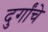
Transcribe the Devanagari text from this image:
दुर्गांचे